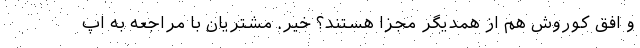
و افق کوروش هم از همدیگر مجزا هستند؟ خیر. مشتریان با مراجعه به اپ